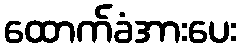
ထောက်ခံအားပေး